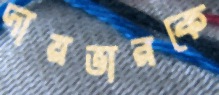
দায়ভারকে